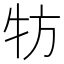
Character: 牥